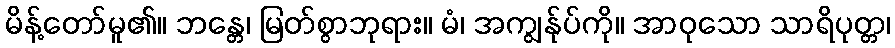
မိန့်တော်မူ၏။ ဘန္တေ၊ မြတ်စွာဘုရား။ မံ၊ အကျွန်ုပ်ကို။ အာဝုသော သာရိပုတ္တ၊